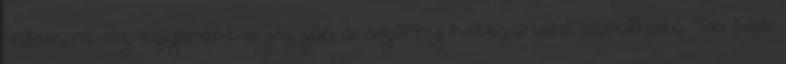
valamint az egyaránt a jaj-jön-a-szörny kategóriába sorolható "Do Not